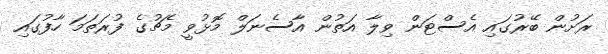
ރަށުން ބޭރުގައި އެސްޓަން ވިލާ އަތުން އާސެނަލް މޮޅުވީ މެޗުގެ ފުރަތަމަ ހާފުގައި